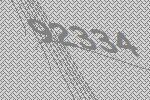
92334